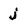
Character: j